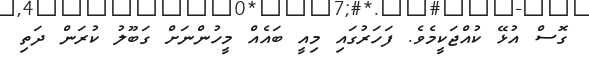
ގޮސް އުޅޭ ކުއްޖަކީމެވެ. ފަހަރުގައި މިއީ ބައެއް މީހުންނަށް ގަބޫލު ކުރަން ދަތި